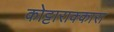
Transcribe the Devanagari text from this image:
कोट्टाराक्कारा